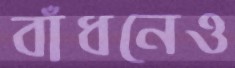
বাঁধনেও